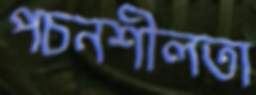
পচনশীলতা